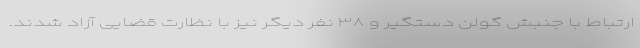
ارتباط با جنبش گولن دستگیر و ۳۸ نفر دیگر نیز با نظارت قضایی آزاد شدند.